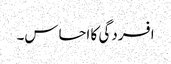
افسردگی کا احساس۔